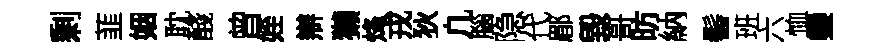
剰韮姻耽醆曾姪辯獺烽戎狄凢腦隐代郿毀哥昉納髻班六恤鑾